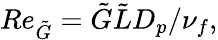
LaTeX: Re_{\tilde{G}}=\tilde{G}\tilde{L}D_{p}/\nu_{f},